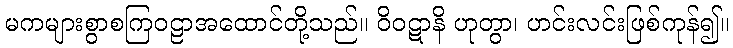
မကများစွာစကြဝဠာအထောင်တို့သည်။ ဝိဝဋာနိ ဟုတွာ၊ ဟင်းလင်းဖြစ်ကုန်၍။